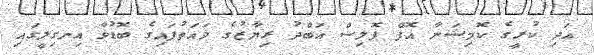
އަދި ކުރީގެ ކޮމިޝަނާ އޮފް ޕޮލިސް އަބްދު ރިޔާޒުގެ ވައަތުފައިގެ ބޮޑުވާ އިނގިލީގައި